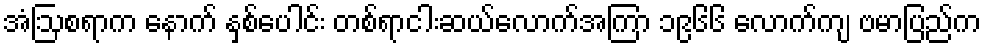
အံဩစရာက နောက် နှစ်ပေါင်း တစ်ရာငါးဆယ်လောက်အကြာ ၁၉၆၆ လောက်ကျ ဗမာပြည်က